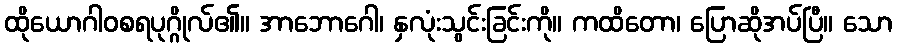
ထိုယောဂါဝစရပုဂ္ဂိုလ်၏။ အာဘောဂေါ၊ နှလုံးသွင်းခြင်းကို။ ကထိတော၊ ပြောဆိုအပ်ပြီ။ သော